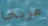
مريحا